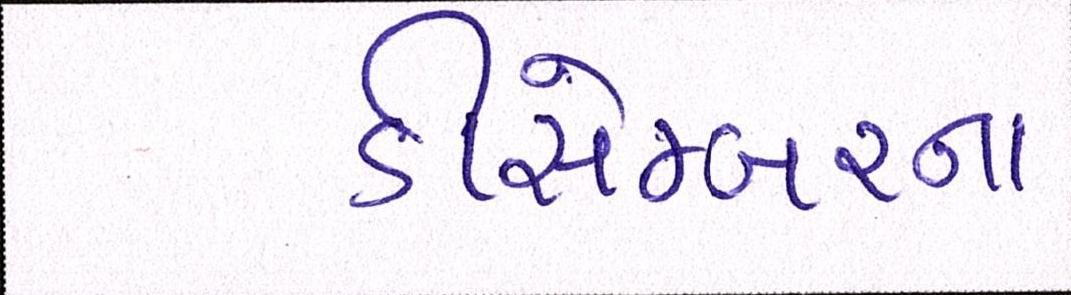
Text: ડીસેમ્બરના